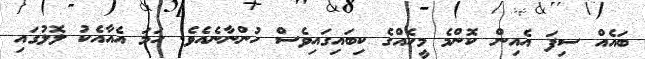
ބައެއް ސިފަ އެއިން ކޮންމެ މީހެއްގެ ކިބައިގައިވެސް ހުންނާނެއެވެ. ހަމަ އެއާއެކު ލޮލުގައި